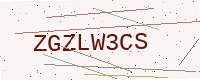
Text: ZGZLW3CS